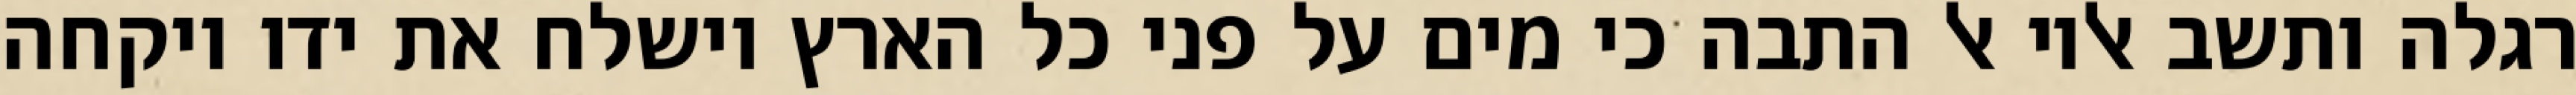
רגלה ותשב אליו אל התבה כי מים על פני כל הארץ וישלח את ידו ויקחה